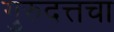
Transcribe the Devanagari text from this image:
गुरुदत्तचा